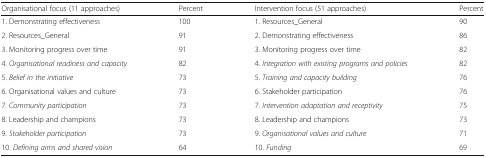
<table><thead><tr><td><b>Organisational focus (11 approaches)</b></td><td><b>Percent</b></td><td><b>Intervention focus (51 approaches)</b></td><td><b>Percent</b></td></tr></thead><tbody><tr><td>1. Demonstrating effectiveness</td><td>100</td><td>1. Resources_General</td><td>90</td></tr><tr><td>2. Resources_General</td><td>91</td><td>2. Demonstrating effectiveness</td><td>86</td></tr><tr><td>3. Monitoring progress over time</td><td>91</td><td>3. Monitoring progress over time</td><td>82</td></tr><tr><td>4. <i>Organisational readiness and capacity</i></td><td>82</td><td>4. <i>Integration with existing programs and policies</i></td><td>82</td></tr><tr><td>5. <i>Belief in the initiative</i></td><td>73</td><td>5. <i>Training and capacity building</i></td><td>76</td></tr><tr><td>6. Organisational values and culture</td><td>73</td><td>6. Stakeholder participation</td><td>76</td></tr><tr><td>7. <i>Community participation</i></td><td>73</td><td>7. <i>Intervention adaptation and receptivity</i></td><td>75</td></tr><tr><td>8. Leadership and champions</td><td>73</td><td>8. Leadership and champions</td><td>73</td></tr><tr><td>9. <i>Stakeholder participation</i></td><td>73</td><td>9. <i>Organisational values and culture</i></td><td>71</td></tr><tr><td>10. <i>Defining aims and shared vision</i></td><td>64</td><td>10. <i>Funding</i></td><td>69</td></tr></tbody></table>